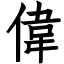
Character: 偉